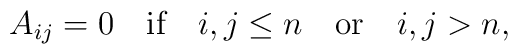
A_{ij}=0 \quad \textrm{if}\quad i,j\le n \quad \textrm{or} \quad i,j>n,